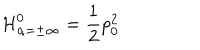
{ \cal H } _ { \alpha = \pm \infty } ^ { 0 } = { \frac { 1 } { 2 } } p _ { 0 } ^ { 2 }